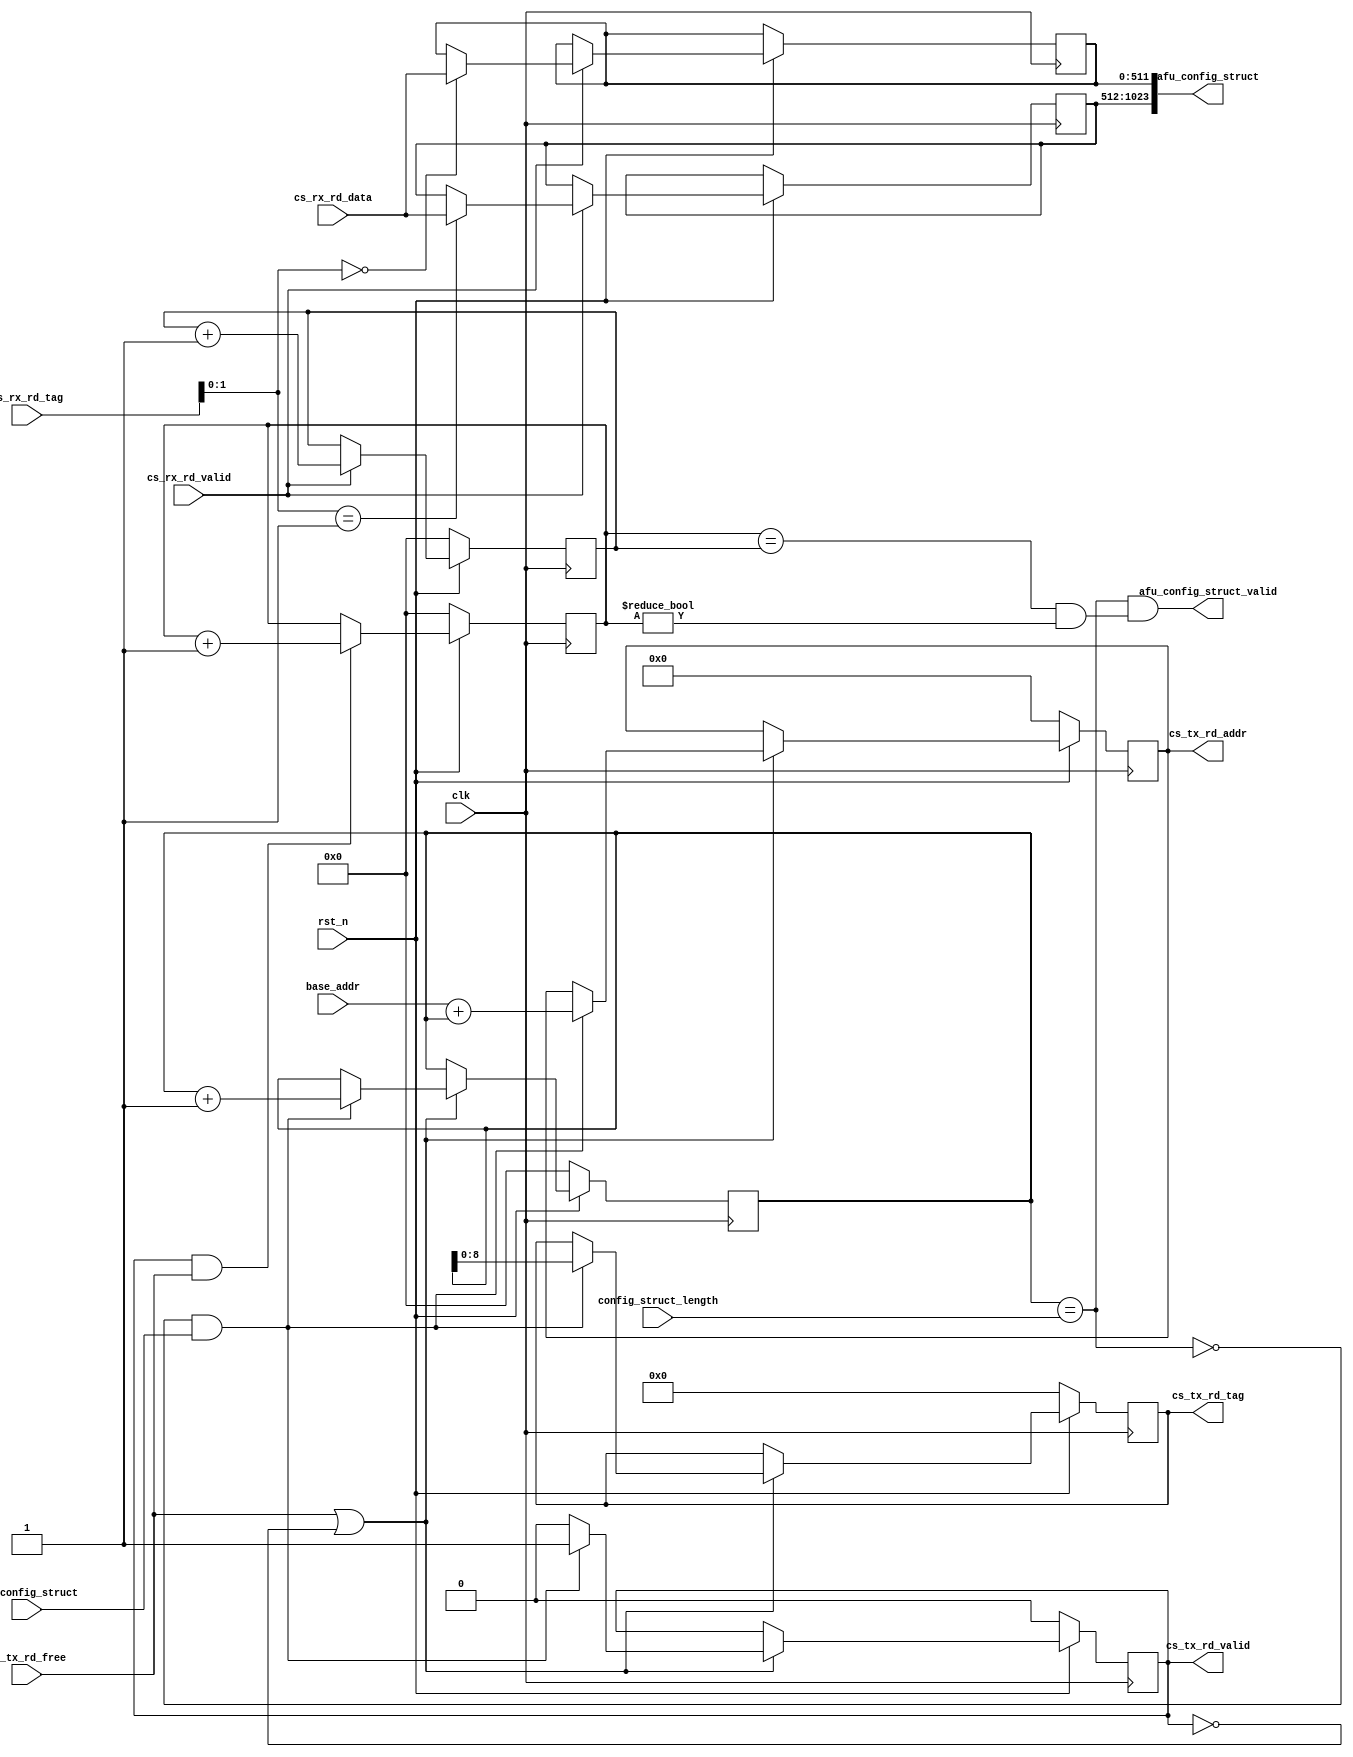
module ReadConfigStruct #(parameter MAX_NUM_CONFIG_CL = 2) 
     (
    input   wire                                             clk,
    input   wire                                             rst_n,
    //-------------------------------------------------//
	input   wire 					                         get_config_struct,
	input   wire [57:0]                                      base_addr,
	input   wire [31:0]                                      config_struct_length,
    // User Module TX RD
    output  reg  [57:0]                                      cs_tx_rd_addr,
    output  reg  [8:0]                                       cs_tx_rd_tag,
    output  reg  						                     cs_tx_rd_valid,
    input   wire                                             cs_tx_rd_free,
    // User Module RX RD
    input   wire [8:0]                                       cs_rx_rd_tag,
    input   wire [511:0]                                     cs_rx_rd_data,
    input   wire                                             cs_rx_rd_valid,
    //
    output  wire  [(MAX_NUM_CONFIG_CL<<9)-1:0]               afu_config_struct,
    output  wire						                     afu_config_struct_valid
);



wire                   rd_done;
wire                   all_reads_done;

reg   [31:0]           numReadsSent;
reg   [31:0]           numReadsDone;
reg   [31:0]           rd_cnt;

reg   [511:0]          config_lines[MAX_NUM_CONFIG_CL];
reg                    config_lines_valid[MAX_NUM_CONFIG_CL];

genvar i;

generate for( i = 0; i < MAX_NUM_CONFIG_CL; i = i + 1) begin: configLines  

    always@(posedge clk) begin
        if(~rst_n) begin
            //config_lines[ i ]       <= 0;
            config_lines_valid[ i ] <= 0;
        end 
        else if(cs_rx_rd_valid) begin
            config_lines[ i ]       <= (cs_rx_rd_tag[1:0] == i)? cs_rx_rd_data : config_lines[ i ];
            config_lines_valid[ i ] <= (cs_rx_rd_tag[1:0] == i)? 1'b1          : config_lines_valid[ i ];
        end  
    end 


assign afu_config_struct[512*(i+1) - 1 : 512*i] = config_lines[ i ];
end

endgenerate


/////////////////////////////// Generating Read Requests //////////////////////////////
//
assign all_reads_done          = (numReadsSent == numReadsDone) & (numReadsSent != 0);
assign afu_config_struct_valid = rd_done & all_reads_done;
assign rd_done                 = (rd_cnt == config_struct_length);

always@(posedge clk) begin
    if(~rst_n) begin 
        cs_tx_rd_valid <= 1'b0;
    	rd_cnt         <= 0;
    	cs_tx_rd_addr  <= 0;
        cs_tx_rd_tag   <= 0;
    end 
    else if(cs_tx_rd_free | ~cs_tx_rd_valid) begin
        if( ~rd_done & get_config_struct ) begin
            rd_cnt         <= rd_cnt + 1'b1;
            cs_tx_rd_valid <= 1'b1;
        	cs_tx_rd_addr  <= ({1'b0,  base_addr} + {1'b0, rd_cnt});
            cs_tx_rd_tag   <= rd_cnt[8:0];
        end
        else begin
            cs_tx_rd_valid <= 1'b0;
        end 
    end
end 

////////////////////////////////////////////////////////////////////////////////////////////////////
always @(posedge clk) begin 
    if(~rst_n) begin
        numReadsSent <= 0;
        numReadsDone <= 0;
    end 
    else begin
        numReadsSent <= (cs_tx_rd_valid & cs_tx_rd_free)? numReadsSent + 1'b1 : numReadsSent;
        numReadsDone <= (cs_rx_rd_valid)?                 numReadsDone + 1'b1 : numReadsDone;
    end 
end


endmodule